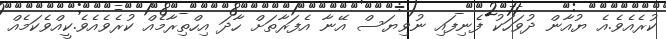
ކުރެއެވެ.އެ ޔުއާން ދުވަހަކު ފެނިފައި ނުވިޔަސް އޭނާ އެފަރާތަށް ހާދަ އިހްތިރާމެއް ކުރެވެއެވެ.ކީއްވެކަމެއް